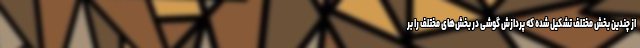
از چندین بخش مختلف تشکیل شده که پردازش گوشی در بخش‌های مختلف را بر